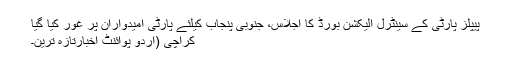
پیپلز پارٹی کے سینٹرل الیکشن بورڈ کا اجلاس، جنوبی پنجاب کیلئے پارٹی امیدواران پر غور کیا گیا
کراچی (اُردو پوائنٹ اخبارتازہ ترین۔